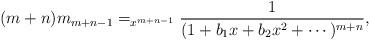
LaTeX: \begin{align*}(m+n)m_{m+n-1} = _{x^{m+n-1}} \dfrac{1}{(1+b_1x+b_2x^2+\cdots)^{m+n}},\end{align*}